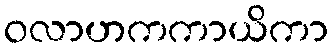
ဝလာဟကကာယိကာ